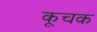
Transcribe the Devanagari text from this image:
कूचक